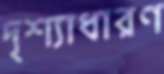
দৃশ্যাধারণ